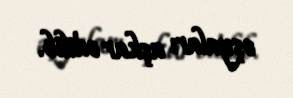
əşyaları aşkar edilib.